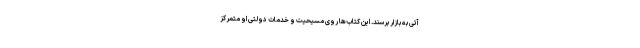
آتی به بازار برسند. این کتاب‌ها روی مسیحیت و خدمات دولتی او متمرکز